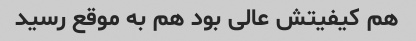
هم کیفیتش عالی بود هم به موقع رسید